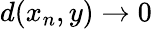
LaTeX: d(x_{n},y)\to 0